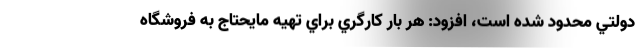
دولتي محدود شده است، افزود: هر بار كارگري براي تهيه مايحتاج به فروشگاه